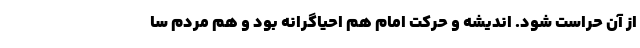
از آن حراست شود. اندیشه و حرکت امام هم احیاگرانه بود و هم مردم سا